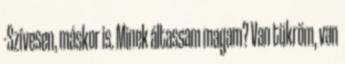
-Szívesen, máskor is. Minek áltassam magam? Van tükröm, van